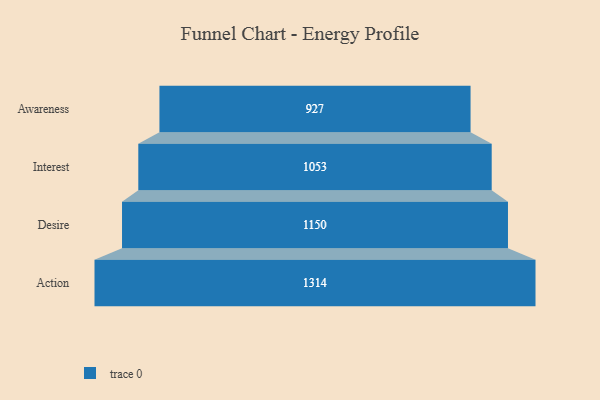
{"axis": {"x": "Stage", "y": "Value"}, "legend": [""], "data": [{"x": "Awareness", "y": 927.0, "type": ""}, {"x": "Interest", "y": 1053.0, "type": ""}, {"x": "Desire", "y": 1150.0, "type": ""}, {"x": "Action", "y": 1314.0, "type": ""}]}